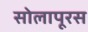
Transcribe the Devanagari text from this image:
सोलापूरस